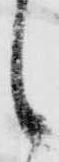
し